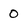
Character: 0